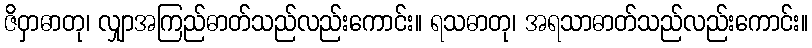
ဇိဝှာဓာတု၊ လျှာအကြည်ဓာတ်သည်လည်းကောင်း။ ရသဓာတု၊ အရသာဓာတ်သည်လည်းကောင်း။